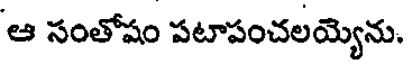
ఆ సంతోషం పటాపంచలయ్యెను.